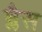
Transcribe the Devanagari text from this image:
ब्लैस